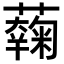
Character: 𧂲